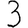
Digit: 3